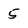
Character: 5